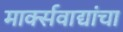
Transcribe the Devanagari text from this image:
मार्क्सवाद्यांचा